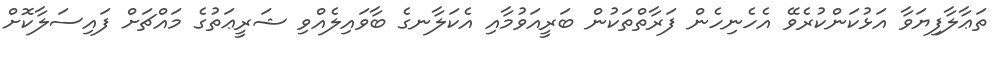
ތަޢާލާފިޔަވާ އަޅުކަންކުރެވޭ އެހެނިހެން ފަރާތްތަކުން ބަރީއަވުމާއި އެކަލާނގެ ބާވައިލެއްވި ޝަރީޢަތުގެ މައްޗަށް ފައިސަލާކޮށް